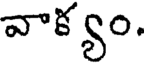
వాక్యం.